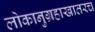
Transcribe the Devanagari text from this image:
लोकानुग्रहाखातरच